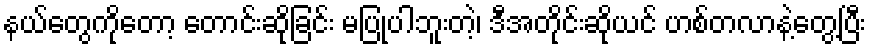
နယ်တွေကိုတော့ တောင်းဆိုခြင်း မပြုပါဘူးတဲ့၊ ဒီအတိုင်းဆိုယင် ဟစ်တလာနဲ့တွေ့ပြီး